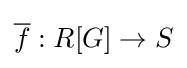
{\overline {f}}:R[G]\to S